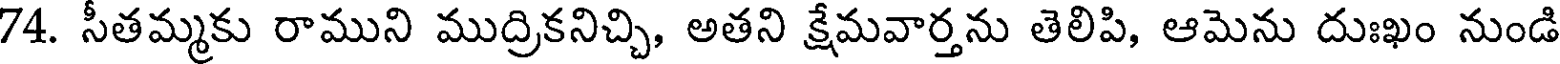
74. సీతమ్మకు రాముని ముద్రికనిచ్చి, అతని క్షేమవార్తను తెలిపి, ఆమెను దుఃఖం నుండి